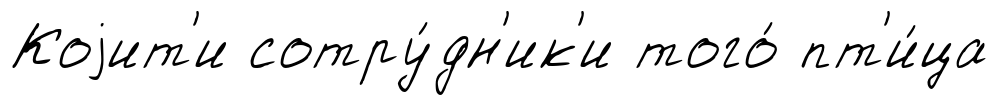
Коjит'и сотру́дн'ик'и того́ пт'и́ца